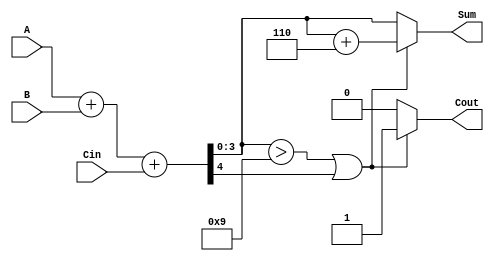
module BCD_Parallel_Adder(
    input [3:0] A,      // First BCD digit
    input [3:0] B,      // Second BCD digit
    input Cin,          // Carry input
    output reg [3:0] Sum, // BCD result of the addition
    output reg Cout       // Carry output for next digit
);

    wire [4:0] S; // 5-bit sum to hold A + B + Cin
    wire correction; // Correction signal if needed

    // Binary addition of A, B and Cin
    assign S = A + B + Cin;

    // Determine if a correction is needed: S > 9 or carry-out
    assign correction = (S[3:0] > 4'b1001) || S[4];

    // Generate the corrected sum and carry-out
    always @(*) begin
        if (correction) begin
            Sum = S[3:0] + 4'b0110; // Apply correction (add 6 in binary)
            Cout = 1'b1;            // Carry-out is set
        end else begin
            Sum = S[3:0];           // No correction needed
            Cout = 1'b0;            // Carry-out is not set
        end
    end

endmodule